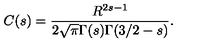
C ( s ) = \frac { R ^ { 2 s - 1 } } { 2 \sqrt \pi \Gamma ( s ) \Gamma ( 3 / 2 - s ) } { . }